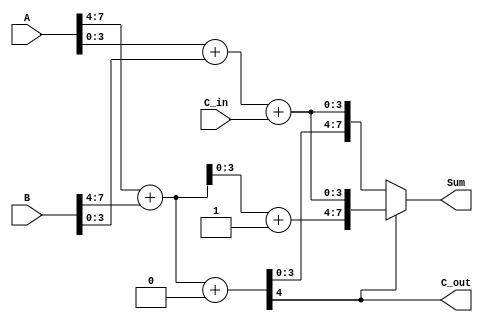
module carry_select_adder (
    input  [7:0] A,        // 8-bit input A
    input  [7:0] B,        // 8-bit input B
    input         C_in,     // Carry input
    output [7:0] Sum,      // 8-bit sum output
    output        C_out     // Carry output
);

    // Intermediate sums for higher-order block (A[7:4] + B[7:4])
    wire [4:0] S0, S1; // 5 bits to accommodate carry
    assign S0 = A[7:4] + B[7:4] + 1'b0; // Sum with carry-in = 0
    assign S1 = A[7:4] + B[7:4] + 1'b1; // Sum with carry-in = 1

    // Intermediate sums for lower-order block (A[3:0] + B[3:0])
    wire [4:0] S2, S3; // 5 bits to accommodate carry
    assign S2 = A[3:0] + B[3:0] + C_in; // Sum with carry-in
    assign S3 = A[3:0] + B[3:0] + C_in; // Same, since we use C_in directly

    // Carry-out from higher-order block
    wire C_out_high;
    assign C_out_high = S0[4]; // Carry-out from higher-order sum

    // Final carry-out
    assign C_out = C_out_high;

    // Final sum selection
    assign Sum = (C_out_high) ? {S1[3:0], S3[3:0]} : {S0[3:0], S2[3:0]};

endmodule